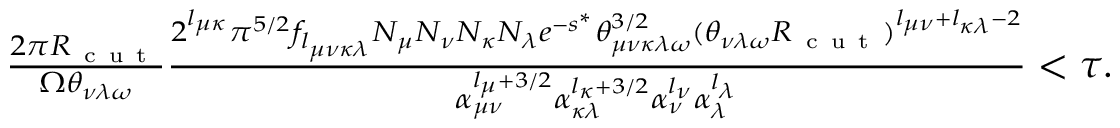
\begin{array} { r } { \frac { 2 \pi R _ { \mathrm { ~ c ~ u ~ t ~ } } } { \Omega \theta _ { \nu \lambda \omega } } \frac { 2 ^ { l _ { \mu \kappa } } \pi ^ { 5 / 2 } f _ { l _ { \mu \nu \kappa \lambda } } N _ { \mu } N _ { \nu } N _ { \kappa } N _ { \lambda } e ^ { - s ^ { * } } \theta _ { \mu \nu \kappa \lambda \omega } ^ { 3 / 2 } ( \theta _ { \nu \lambda \omega } R _ { \mathrm { ~ c ~ u ~ t ~ } } ) ^ { l _ { \mu \nu } + l _ { \kappa \lambda } - 2 } } { \alpha _ { \mu \nu } ^ { l _ { \mu } + 3 / 2 } \alpha _ { \kappa \lambda } ^ { l _ { \kappa } + 3 / 2 } \alpha _ { \nu } ^ { l _ { \nu } } \alpha _ { \lambda } ^ { l _ { \lambda } } } < \tau . } \end{array}